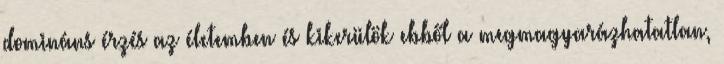
domináns érzés az életemben és kikerülök ebből a megmagyarázhatatlan,